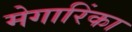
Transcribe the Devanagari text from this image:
मेगारिंका